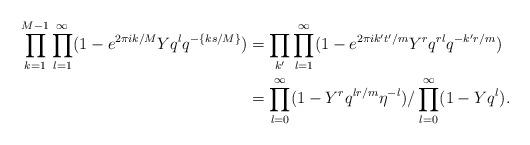
LaTeX: \begin{align*} \prod_{k=1}^{M-1} \prod_{l=1}^{\infty}(1-e^{2\pi i k/M} Y q^lq^{-\{ ks/M\}}) &= \prod_{k'} \prod_{l=1}^{\infty}(1-e^{2\pi i k't'/m} Y^r q^{rl} q^{-k'r/m}) \\ &= \prod_{l=0}^{\infty} (1-Y^r q^{lr/m}\eta^{-l})/ \prod_{l=0}^{\infty} (1-Y q^l). \end{align*}